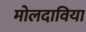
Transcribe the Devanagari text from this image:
मोलदाविया